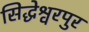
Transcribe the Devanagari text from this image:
सिद्धेश्वरपुर